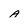
Character: a